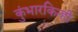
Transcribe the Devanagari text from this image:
कुंभारकिन्ही